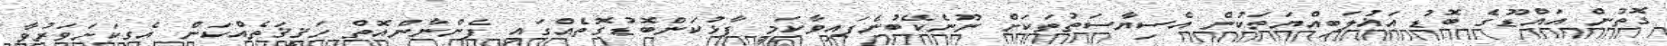
ގޮތުން އައްޑޫގެ ބޮޑު އަޣުލަބިއްޔަތަކުން އެސިޔާސަތުތަކަށް ނޫނެކޭބުނެފައިވާކަމީ ފާޅުކަންބޮޑުގޮތެއްގައި ފެންނާންއޮތް ހަޤީޤަތެއްކަން އެގިކަށަވަރުވާ